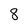
Character: 8